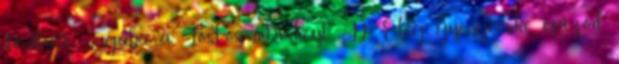
döntheti magába a Lost-os whiskeyt. :D Elég gyengécske epizód